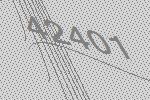
42401